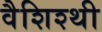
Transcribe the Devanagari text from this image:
वैशिश्थी